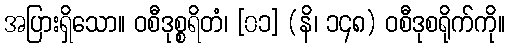
အပြားရှိသော။ ဝစီဒုစ္စရိတံ၊ [၀၁] (နိ၊ ၁၄၈) ဝစီဒုစရိုက်ကို။